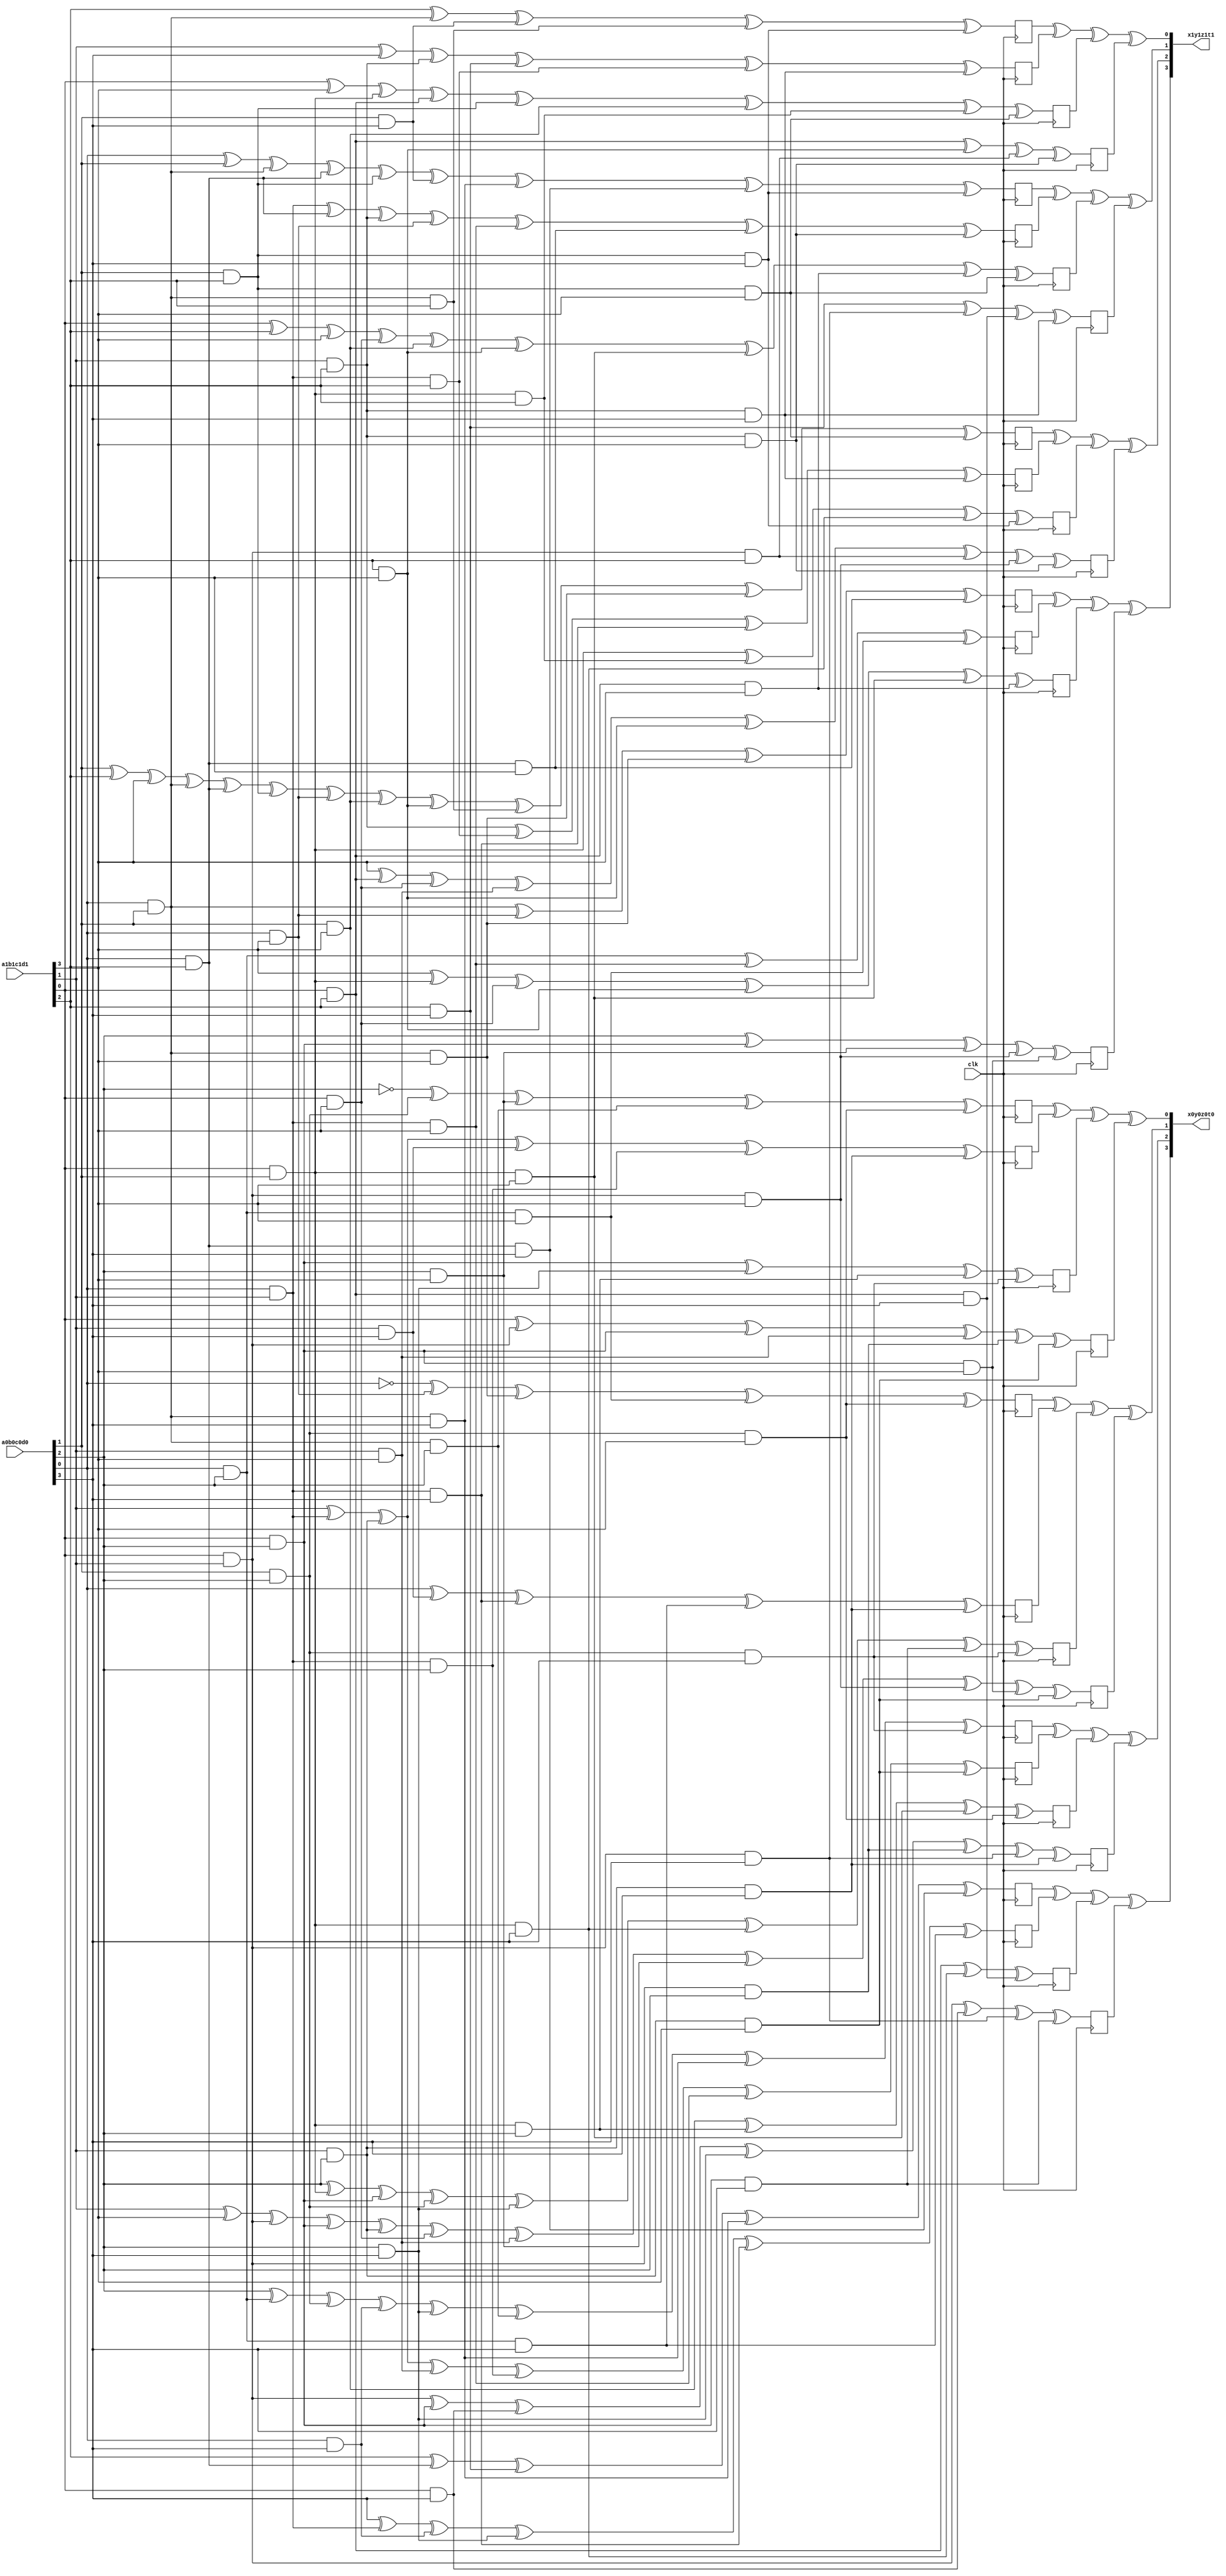
module Sbox(
input clk,
input [3:0] a0b0c0d0,
input [3:0] a1b1c1d1,
output [3:0] x0y0z0t0,
output [3:0] x1y1z1t1

);

wire a0,b0,c0,d0;
wire a1,b1,c1,d1;

assign {d0,c0,b0,a0} = a0b0c0d0 ;
assign {d1,c1,b1,a1} = a1b1c1d1 ;



reg x0,x1,x2,x3,x4,x5,x6,x7;
reg y0,y1,y2,y3,y4,y5,y6,y7;
reg z0,z1,z2,z3,z4,z5,z6,z7;
reg t0,t1,t2,t3,t4,t5,t6,t7;

wire outx0, outx1;
wire outy0, outy1;
wire outz0, outz1;
wire outt0, outt1;



always@(posedge clk) begin

	x0 <=    1 ^ c0 ^ b0&c0 ^ c0&d1 ^ a0&b0&c0 ^ b0&c0&d1 ;
	x1 <=    b1 ^ a0&b1 ^ b1&c0 ^ b1&d0 ^ a0&b1&c0 ^ b1&c0&d0 ;
	x2 <=    a1&c0 ^ c0&d0 ^ a1&b0&c0 ^ b0&c0&d0 ;
	x3 <=    a1 ^ a1&b1 ^ a1&c0 ^ b1&d1 ^ a1&b1&c0 ^ b1&c0&d1 ;
	x4 <=    c1 ^ a0&b0 ^ b0&d0 ^ a0&b0&c1 ^ b0&c1&d0 ;
	x5 <=    b1 ^ d0 ^ b1&c1 ^ c1&d0 ^ a0&b1&c1 ^ b1&c1&d0 ;
	x6 <=    a1 ^ d1 ^ a1&b0 ^ a1&c1 ^ b0&c1 ^ b0&d1 ^ a1&b0&c1 ^ b0&c1&d1 ;
	x7 <=    a1&c1 ^ c1&d1 ^ a1&b1&c1 ^ b1&c1&d1 ;
			
	y0 <=    1 ^ a0 ^ a0&d1 ^ a0&b0&d1 ^ a0&c0&d1 ^ b0&c0&d1 ;
    y1 <=    a0 ^ b1&d0 ^ a0&b1&d0 ^ a0&c0&d0 ^ b1&c0&d0 ;
    y2 <=    c0 ^ a1&b0 ^ a1&c0 ^ b0&c0 ^ c0&d0 ^ a1&b0&d0 ^ a1&c0&d0 ^ b0&c0&d0 ;
    y3 <=    b1 ^ d1 ^ a1&b1 ^ a1&c0 ^ b1&c0 ^ a1&d1 ^ b1&d1 ^ c0&d1 ^ a1&b1&d1 ^ a1&c0&d1 ^ b1&c0&d1 ;
	y4 <=    a0 ^ b0 ^ a0&b0 ^ a0&c1 ^ b0&c1 ^ b0&d0 ^ a0&b0&d0 ^ a0&c1&d0 ^ b0&c1&d0 ;
    y5 <=    a0&b1 ^ a0&c1 ^ b1&c1 ^ a0&d1 ^ a0&b1&d1 ^ a0&c1&d1 ^ b1&c1&d1 ;
    y6 <=    a1 ^ c1 ^ d1 ^ a1&d1 ^ b0&d1 ^ c1&d1 ^ a1&b0&d1 ^ a1&c1&d1 ^ b0&c1&d1 ;
    y7 <=    c1&d0 ^ a1&b1&d0 ^ a1&c1&d0 ^ b1&c1&d0 ;
			
	z0 <=    c0 ^ a0&c0 ^ b0&c0 ^ a0&d0 ^ c0&d0 ^ a0&b0&c0 ^ a0&b0&d0 ^ b0&c0&d0 ;
    z1 <=    b1 ^ a0&b1 ^ b1&c0 ^ b1&d1 ^ a0&b1&c0 ^ a0&b1&d1 ^ b1&c0&d1 ;
    z2 <=    b0&d1 ^ a1&b0&c0 ^ a1&b0&d1 ^ b0&c0&d1 ;
    z3 <=    a1&b1 ^ a1&c0 ^ a1&d0 ^ c0&d0 ^ a1&b1&c0 ^ a1&b1&d0 ^ b1&c0&d0 ;
    z4 <=    b0 ^ c1 ^ d1 ^ a0&b0 ^ a0&c1 ^ b0&c1 ^ a0&d1 ^ b0&d1 ^ c1&d1 ^ a0&b0&c1 ^ a0&b0&d1 ^ b0&c1&d1 ;
    z5 <=    b1&c1 ^ a0&b1&c1 ^ a0&b1&d0 ^ b1&c1&d0 ;
    z6 <=    a1&b0 ^ a1&b0&c1 ^ a1&b0&d0 ^ b0&c1&d0 ;
    z7 <=    d1 ^ a1&c1 ^ a1&d1 ^ b1&d1 ^ c1&d1 ^ a1&b1&c1 ^ a1&b1&d1 ^ b1&c1&d1 ;
			
	t0 <=    c1 ^ a0&c1 ^ c1&d0 ^ a0&b0&d0 ^ a0&c1&d0 ;
	t1 <=    d0 ^ a0&b1 ^ a0&d0 ^ c0&d0 ^ a0&b1&d0 ^ a0&c0&d0 ;
    t2 <=    a1&c1 ^ a1&b0&d0 ^ a1&c1&d0 ;
    t3 <=    a1&b1 ^ a1&d0 ^ a1&b1&d0 ^ a1&c0&d0 ;
    t4 <=    a0&b0 ^ a0&d1 ^ a0&b0&d1 ^ a0&c1&d1 ;
    t5 <=    a0&c0 ^ a0&b1&d1 ^ a0&c0&d1 ;
    t6 <=    d1 ^ a1&b0 ^ a1&d1 ^ c1&d1 ^ a1&b0&d1 ^ a1&c1&d1 ;
    t7 <=    c0 ^ a1&c0 ^ c0&d1 ^ a1&b1&d1 ^ a1&c0&d1 ;
	
end

	assign outx0 = x0 ^ x1 ^ x2 ^ x3 ;
	assign outx1 = x4 ^ x5 ^ x6 ^ x7 ;

	assign outy0 = y0 ^ y1 ^ y2 ^ y3 ;
	assign outy1 = y4 ^ y5 ^ y6 ^ y7 ;

	assign outz0 = z0 ^ z1 ^ z2 ^ z3 ;
	assign outz1 = z4 ^ z5 ^ z6 ^ z7 ;

	assign outt0 = t0 ^ t1 ^ t2 ^ t3 ;
	assign outt1 = t4 ^ t5 ^ t6 ^ t7 ;


	assign x0y0z0t0 = {outt0, outz0, outy0, outx0 };
	assign x1y1z1t1 = {outt1, outz1, outy1, outx1 };




endmodule